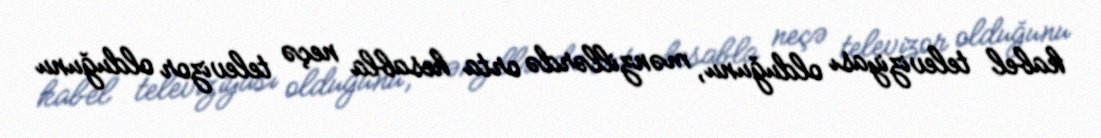
kabel televiziyası olduğunu, mənzillərdə orta hesabla neçə televizor olduğunu